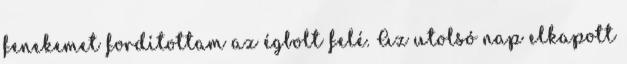
fenekemet fordítottam az égbolt felé. Az utolsó nap elkapott